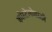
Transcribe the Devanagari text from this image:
कोस्टेलोसाठी